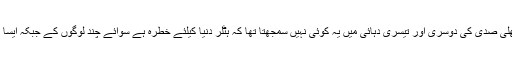
پچھلى صدى کى دوسرى اور تیسرى دہائى میں یہ کوئى نہیں سمجهتا تها کہ ہٹلر دنیا کیلئے خطره ہے سوائے چند لوگوں کے جبکہ ایسا ہوا۔